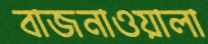
বাজনাওয়ালা